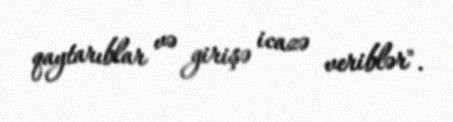
qaytarıblar və girişə icazə veriblər".